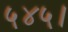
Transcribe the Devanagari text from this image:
५४५।